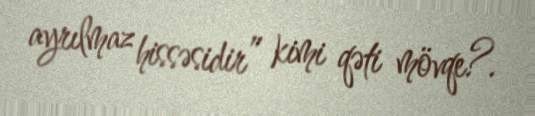
ayrılmaz hissəsidir” kimi qəti mövqe?.